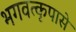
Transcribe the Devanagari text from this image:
भगवत्‍कृपासे